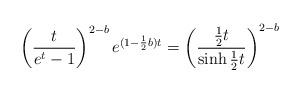
LaTeX: \begin{gather*} \left(\frac{t}{e^t-1}\right)^{2-b}e^{(1-\frac12b)t}=\left(\frac{\frac12t}{\sinh \frac12 t}\right)^{2-b} \end{gather*}